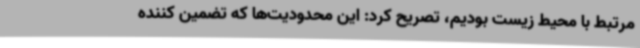
مرتبط با محیط زیست بودیم، تصریح کرد: این محدودیت‌ها که تضمین کننده